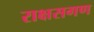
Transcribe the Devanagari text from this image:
राक्षसगण